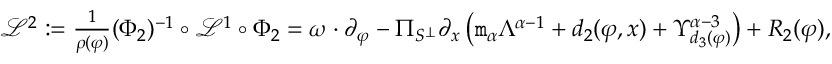
\begin{array} { r } { \mathcal { L } ^ { 2 } : = \frac { 1 } { \rho ( \varphi ) } ( \Phi _ { 2 } ) ^ { - 1 } \circ \mathcal { L } ^ { 1 } \circ \Phi _ { 2 } = \omega \cdot \partial _ { \varphi } - \Pi _ { S ^ { \perp } } \partial _ { x } \left( \mathtt { m } _ { \alpha } \Lambda ^ { \alpha - 1 } + d _ { 2 } ( \varphi , x ) + \Upsilon _ { d _ { 3 } ( \varphi ) } ^ { \alpha - 3 } \right) + R _ { 2 } ( \varphi ) , } \end{array}